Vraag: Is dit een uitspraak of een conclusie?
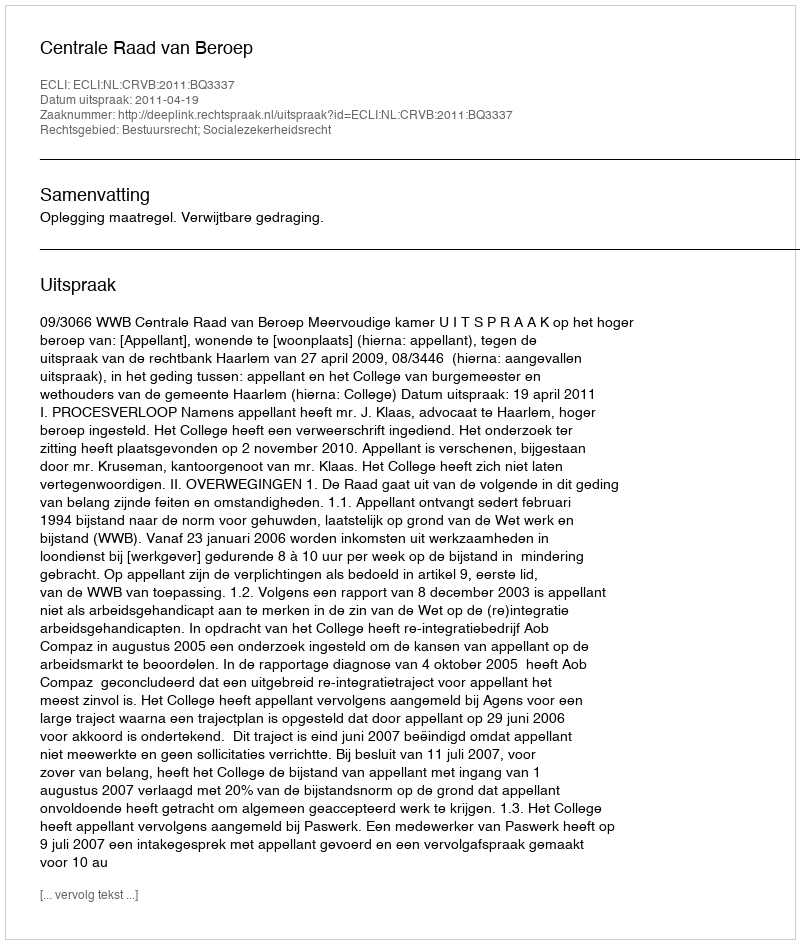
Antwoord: Uitspraak